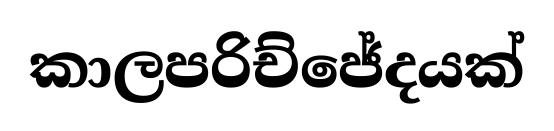
කාලපරිච්ජේදයක්